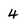
Character: 4